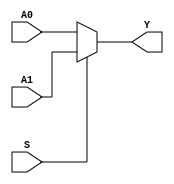
`timescale 1ns / 1ps

/// @brief 32 21
/// @param A0 132
/// @param A1 232
/// @param S  0A0 1A1
/// @param Y 32
/// @testbench MUX2T1X32_TB.v
module MUX2T1X32(
    input [31: 0] A0,
    input [31: 0] A1,
    input S,
    output [31: 0]Y);
    assign Y = S ? A1 : A0;
endmodule